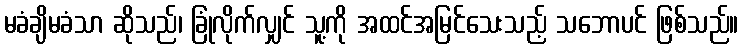
မခံချိမခံသာ ဆိုသည်၊ ခြုံလိုက်လျှင် သူ့ကို အထင်အမြင်သေးသည့် သဘောပင် ဖြစ်သည်။